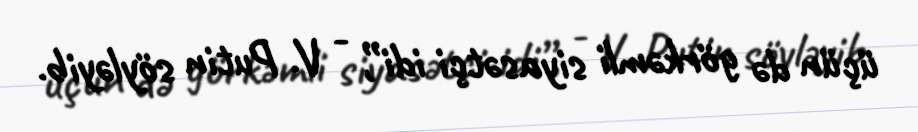
üçün də görkəmli siyasətçi idi”, - V. Putin söyləyib.